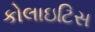
કોલાઇટિસ